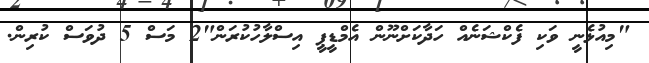
"މިއުޅެނީ ވަކި ފެކްޝަނެއް ހަދާކަށްނޫން އެމްޑީޕީ އިސްލާހުކުރަން"2 މަސް 5 ދުވަސް ކުރިން.